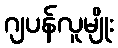
ဂျပန်လူမျိုး